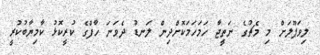
ލިވަޕޫލަށް މި މެޗުގެ ނަތީޖާ ހަމަހަމަކޮށްދިން ލަނޑު ދެވަނަ ހާފްގެ ކުރީކޮޅު ކާމިޔާބުކުރީ